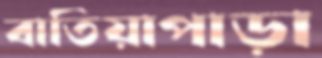
বাতিয়াপাড়া